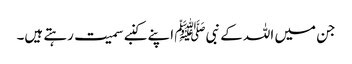
جن میں اللہ کے نبیﷺ اپنے کنبے سمیت رہتے ہیں۔